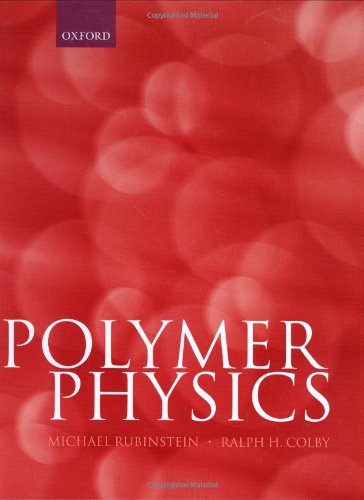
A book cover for Polymer Physics (Chemistry); M. Rubinstein; Science & Math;